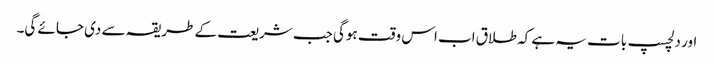
اور دلچسپ بات یہ ہے کہ طلاق اب اس وقت ہوگی جب شریعت کے طریقہ سے دی جائے گی۔